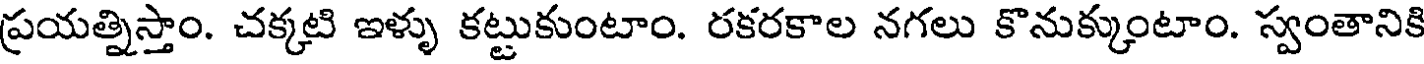
ప్రయత్నిస్తాం. చక్కటి ఇళ్ళు కట్టుకుంటాం. రకరకాల నగలు కొనుక్కుంటాం. స్వంతానికి